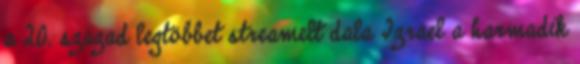
a 20. század legtöbbet streamelt dala Izrael a harmadik